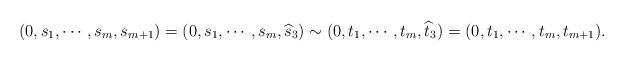
LaTeX: \begin{align*}(0,s_{1},\cdots,s_{m},s_{m+1})=(0,s_{1},\cdots,s_{m},\widehat{s}_{3})\sim(0,t_{1},\cdots,t_{m},\widehat{t}_{3})=(0,t_{1},\cdots,t_{m},t_{m+1}).\end{align*}